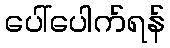
ပေါ်ပေါက်ရန်